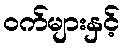
ဝက်များနှင့်